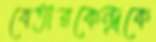
বেতারকেন্দ্রকে